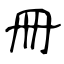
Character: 冊